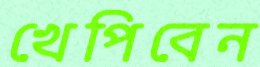
খেপিবেন